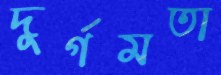
দুর্গমতা